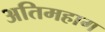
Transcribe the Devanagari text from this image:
अतिमहाग